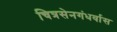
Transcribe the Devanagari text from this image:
चित्रसेनगंधर्वास